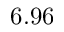
6 . 9 6